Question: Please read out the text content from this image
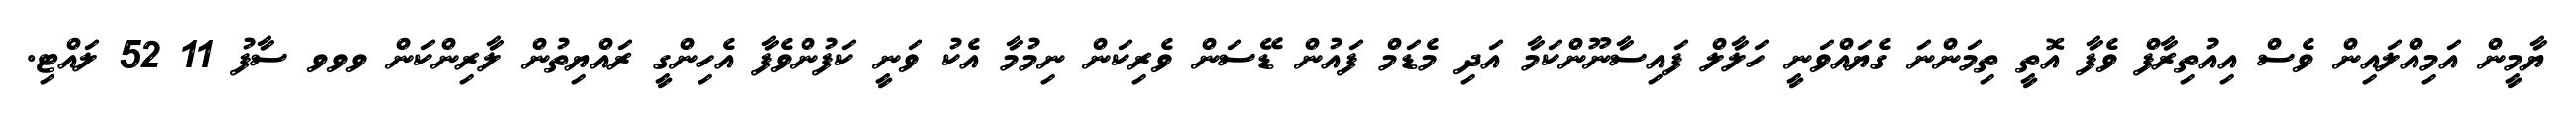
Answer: ޔާމީން އަމިއްލައިން ވެސް އިއުތިރާފް ވެފާ އޮތީ ތިމަންނަ ގެޔައްވަނީ ހަލާލް ފައިސާނޫންކަމާ އަދި މެޑަމް ފައުން ޑޭސަން ވެރިކަން ނިމުމާ އެކު ވަނީ ކަފުންވެފާ އެހިންގީ ރައްޔިތުން ލާރިންކަން ވވވ ސާފު 11 52 ލައްޓި.